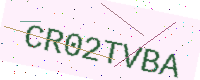
Text: CR02TVBA